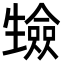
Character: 𭺷